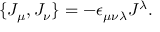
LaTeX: \{ J _ { \mu } , J _ { \nu } \} = - \epsilon _ { \mu \nu \lambda } J ^ { \lambda } .